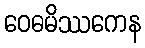
ဝေဓမိဿကေန